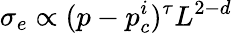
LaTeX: \sigma_{e}\propto(p-p_{c}^{i})^{\tau}L^{2-d}